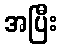
အပြီး